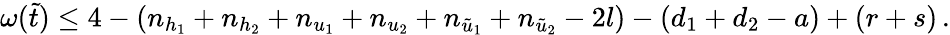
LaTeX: \omega(\tilde{t})\le 4-(n_{h_{1}}+n_{h_{2}}+n_{u_{1}}+n_{u_{2}}+n_{\tilde{u}_{1}}+n_{\tilde{u}_{2}}-2l)-(d_{1}+d_{2}-a)+(r+s)\, .